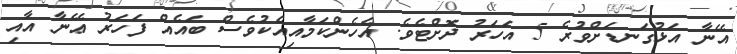
އޭނާ އަޅުގަނޑަށްވުރެ 5 އަހަރު ދޮށްޓެވެ. އެހެންކަމާއިއެކުވެސް ބައެއް ފަހަރު ޢޭނާ އާއި